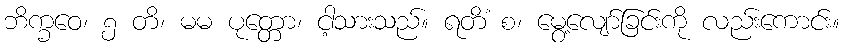
ဘိက္ခဝေ၊ ၅ တိ၊ မမ ပုတ္တော၊ ငါ့သားသည်။ ရတိံ စ၊ မွေ့လျော်ခြင်းကို လည်းကောင်း။